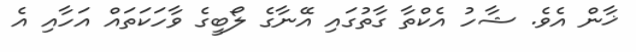
ޚާން އެވެ. ޝާހު އެކްތާ ގާތުގައި އޭނާގެ ލޯބީގެ ވާހަކަތައް އަހާއި އެ